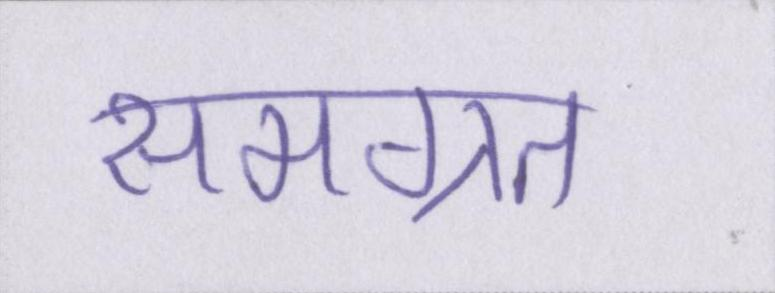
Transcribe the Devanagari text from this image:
समग्रत